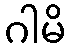
ဂါမိ